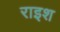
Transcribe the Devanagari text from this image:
राइश